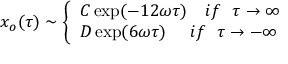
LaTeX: x _ { o } ( \tau ) \sim \left\{ \begin{array} { l } { { C \exp ( - 1 2 \omega \tau ) \ \ \ i f \ \ \tau \rightarrow \infty } } \\ { { D \exp ( 6 \omega \tau ) \ \ \ \ i f \ \ \tau \rightarrow - \infty } } \end{array} \right.